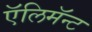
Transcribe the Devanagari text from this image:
ऍलिमॅन्ट